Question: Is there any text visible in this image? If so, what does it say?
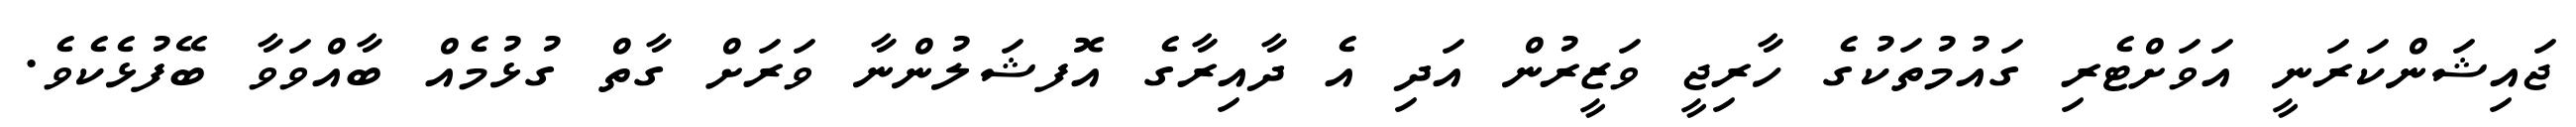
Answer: ޖައިޝަންކަރަނީ އަވަށްޓެރި ގައުމުތަކުގެ ހާރިޖީ ވަޒީރުން އަދި އެ ދާއިރާގެ އޮފޝަލުންނާ ވަރަށް ގާތް ގުޅުމެއް ބާއްވަވާ ބޭފުޅެކެވެ.